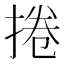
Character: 捲